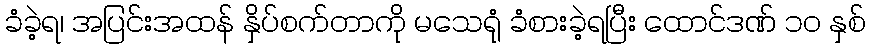
ခံခဲ့ရ၊ အပြင်းအထန် နှိပ်စက်တာကို မသေရုံ ခံစားခဲ့ရပြီး ထောင်ဒဏ် ၁၀ နှစ်